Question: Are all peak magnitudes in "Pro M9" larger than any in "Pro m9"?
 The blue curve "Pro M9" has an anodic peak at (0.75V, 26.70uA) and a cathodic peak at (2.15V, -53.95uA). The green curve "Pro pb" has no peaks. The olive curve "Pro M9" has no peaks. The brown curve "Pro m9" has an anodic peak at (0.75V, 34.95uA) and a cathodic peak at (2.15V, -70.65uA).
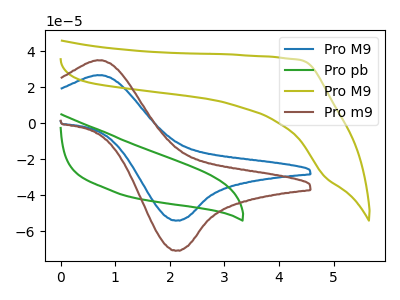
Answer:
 <answer>Every peak in "Pro M9" is lower than every peak in "Pro m9".</answer>
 <eval>lower</eval>